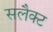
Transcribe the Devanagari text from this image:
सलैक्ट